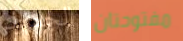
الجمارك مفتوحتان